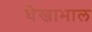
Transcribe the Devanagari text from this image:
धेखाभाल